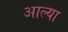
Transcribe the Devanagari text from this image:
अाल्या